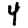
Digit: 4